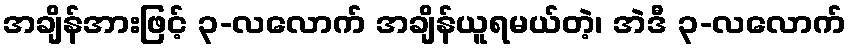
အချိန်အားဖြင့် ၃-လလောက် အချိန်ယူရမယ်တဲ့၊ အဲဒီ ၃-လလောက်